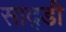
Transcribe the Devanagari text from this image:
साद्डी